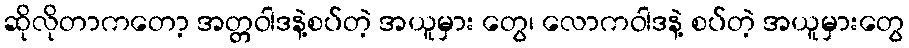
ဆိုလိုတာကတော့ အတ္တဝါဒနဲ့စပ်တဲ့ အယူမှား တွေ၊ လောကဝါဒနဲ့ စပ်တဲ့ အယူမှားတွေ